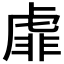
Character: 𧇁